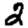
Digit: 2